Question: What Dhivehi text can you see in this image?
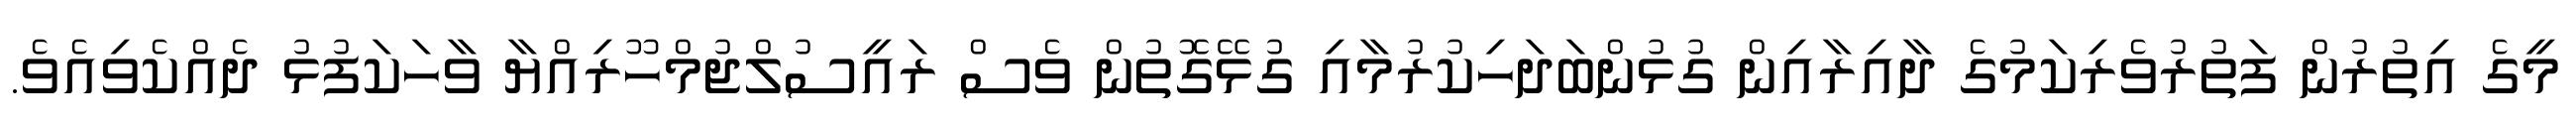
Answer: މީގެ އިތުރުން ފަތުރުވެރިކަމުގެ ދާއިރާއިން ގުޅުންބަދަހިކުރުމާއި ގުޅޭގޮތުން ވެސް ރައީސުލްޖުމްހޫރިއްޔާ ވާހަކަފުޅު ދެއްކެވިއެވެ.